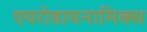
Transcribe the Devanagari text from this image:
एयरोडायनामिक्स